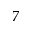
7